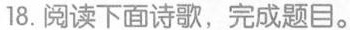
18.阅读下面诗歌，完成题目。